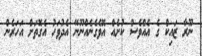
ނޫރާ ޒައިކް ގެ އެއްވެސް ކުށެއް އޮވެގެނެއްނޫނޭ އެދުވަހު އެގޮތަށް އަހަރެން